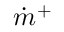
\dot { m } ^ { + }